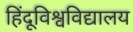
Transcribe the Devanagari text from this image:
हिंदूविश्वविद्यालय